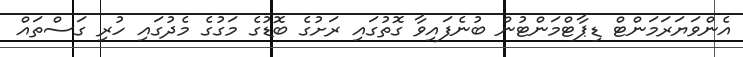
އެންވަޔަރަމަންޓް ޑިޕާޓްމަންޓުން ބުނެފައިވާ ގޮތުގައި ރަށުގެ ބޮޑުގެ މަގުގެ މެދުގައި ހުރި ގަސްތައް